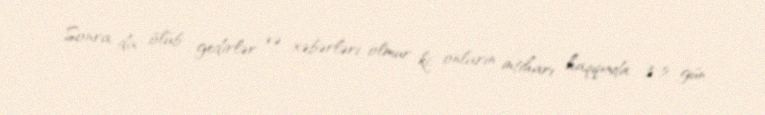
Sonra da ölüb gedirlər və xəbərləri olmur ki, onların intiharı haqqında 3-5 gün